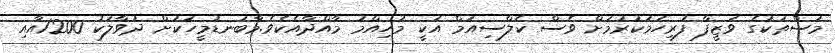
މަސްތަކުގެ ވަޒީފާ ފުރިހަމަކުރުމަށް ވެސް ކެލްސިއަމް އަކީ މުހިއްމު މާއްދާއެކެވެ.މާބަނޑުމީހަކަށް ދުވާލަކު 1200އާއި